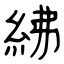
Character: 紼